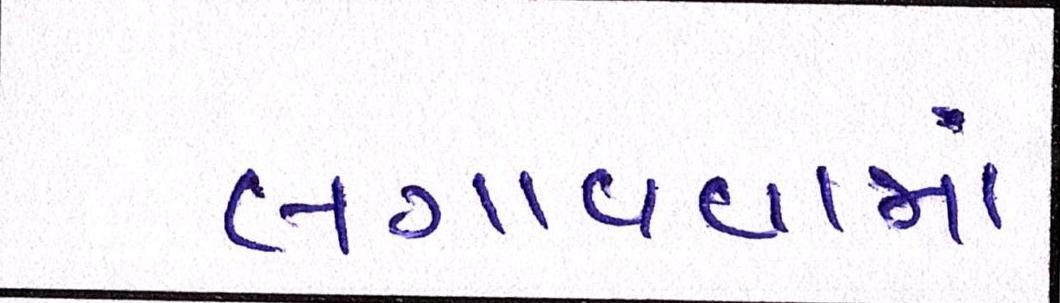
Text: લગાવવામાં